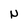
Character: N